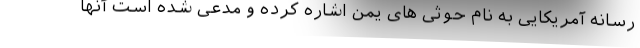
رسانه آمریکایی به نام حوثی های یمن اشاره کرده و مدعی شده است آنها